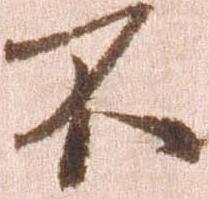
不